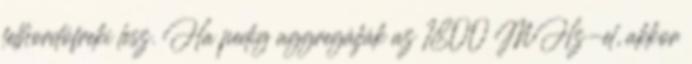
felhordófreki lesz. Ha pedig aggregálják az 1800 MHz-el, akkor